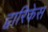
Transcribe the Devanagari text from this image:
द्वारिकेस